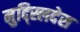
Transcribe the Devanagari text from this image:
मुद्स्लिदेस